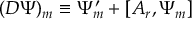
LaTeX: ( D \Psi ) _ { m } \equiv \Psi _ { m } ^ { \prime } + [ A _ { r } , \Psi _ { m } ]